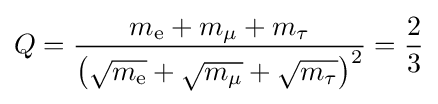
Q={\frac {m_{\text{e}}+m_{\mu }+m_{\tau }}{\left({\sqrt {m_{\text{e}}}}+{\sqrt {m_{\mu }}}+{\sqrt {m_{\tau }}}\right)^{2}}}={\frac {2}{3}}